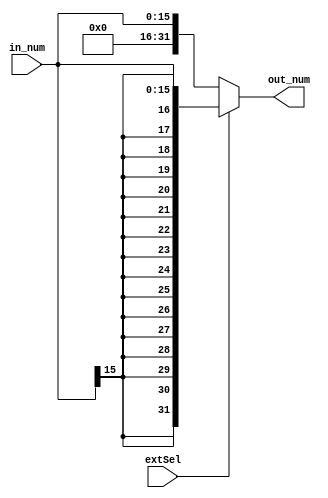
`timescale 1ns / 1ps
//////////////////////////////////////////////////////////////////////////////////
// Company: 
// Engineer: 
// 
// Design Name: 
// Module Name: signExtend
// Project Name: 
// Target Devices: 
// Tool Versions: 
// Description: 
// 
// Dependencies: 
// 
// Revision:
// Revision 0.01 - File Created
// Additional Comments:
// 
//////////////////////////////////////////////////////////////////////////////////


module signExtend(
    input wire [15:0] in_num,
    input wire extSel,
    output reg [31:0] out_num
    );
    initial begin
        out_num=0;
    end
    always @(in_num or extSel) begin
        if (extSel) begin
            out_num <= { {16{in_num[15]}}, in_num[15:0] };
        end
        else begin
            out_num <= { {16{1'b0}}, in_num[15:0] };
        end
    end
    /*always @(zero_num) begin
        if(extSel==0) begin
            out_num <= { {27{1'b0}}, zero_num[4:0] };
        end
    end*/
endmodule